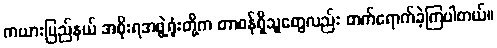
ကယားပြည်နယ် အစိုးရအဖွဲ့ရုံးတို့က တာဝန်ရှိသူတွေလည်း တက်ရောက်ခဲ့ကြပါတယ်။